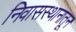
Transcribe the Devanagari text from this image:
निवासस्थानातून